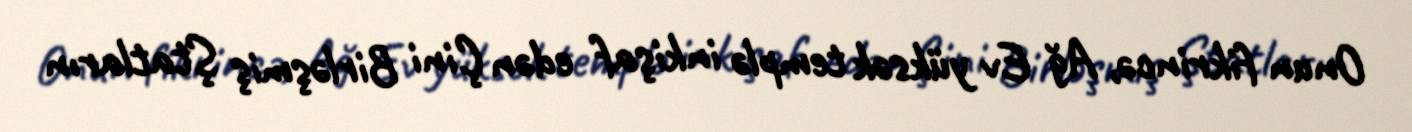
Onun fikrincə, Ağ Ev yüksək templə inkişaf edən Çini Birləşmiş Ştatların